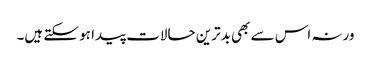
ورنہ اس سے بھی بدترین حالات پیدا ہو سکتے ہیں۔